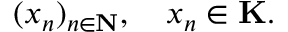
( x _ { n } ) _ { n \in \mathbf { N } } , \quad x _ { n } \in \mathbf { K } .